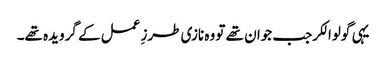
یہی گولوالکرجب جوان تھے تو وہ نازی طرزِ عمل کے گرویدہ تھے۔